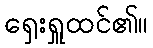
ရှေးရှူထင်၏။